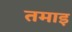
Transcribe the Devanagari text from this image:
तमाइ